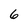
Character: 6